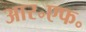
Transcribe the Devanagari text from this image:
आर॰एफ॰